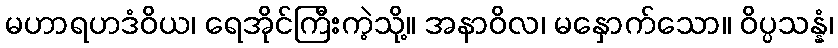
မဟာရဟဒံဝိယ၊ ရေအိုင်ကြီးကဲ့သို့။ အနာဝိလ၊ မနှောက်သော။ ဝိပ္ပသန္နံ၊